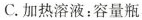
C.加热溶液：容量瓶